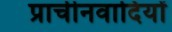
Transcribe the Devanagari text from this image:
प्राचीनवादियों